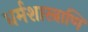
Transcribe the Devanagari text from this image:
धर्मशास्त्राणि